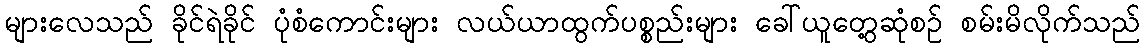
များလေသည် ခိုင်ရဲခိုင် ပုံစံကောင်းများ လယ်ယာထွက်ပစ္စည်းများ ခေါ်ယူတွေ့ဆုံစဉ် စမ်းမိလိုက်သည်